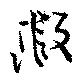
瑕